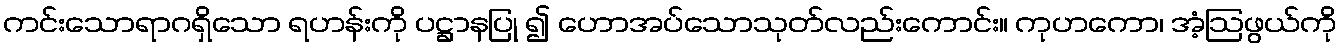
ကင်းသောရာဂရှိသော ရဟန်းကို ပဋ္ဌာနပြု ၍ ဟောအပ်သောသုတ်လည်းကောင်း။ ကုဟကော၊ အံ့ဩဖွယ်ကို